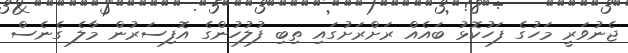
ޖެނުވަރީ މަހުގެ ފަހުކޮޅު ބައެއް ރަށްރަށުގައި ތިބި ފުލުހުންގެ އޮފިސަރުން މާލެ ގެނެސް